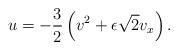
LaTeX: \begin{align*}u = - \frac{3}{2} \left(v^{2} + \epsilon \sqrt{2} v_{x} \right).\end{align*}